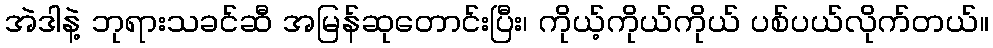
အဲဒါနဲ့ ဘုရားသခင်ဆီ အမြန်ဆုတောင်းပြီး၊ ကိုယ့်ကိုယ်ကိုယ် ပစ်ပယ်လိုက်တယ်။